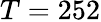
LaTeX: T=252